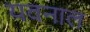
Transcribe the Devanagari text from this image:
यवनाल